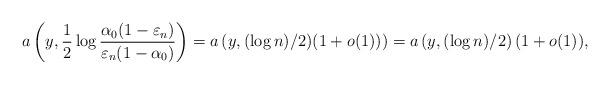
LaTeX: \begin{gather*}a\left(y,\frac12\log\frac{\alpha_0(1-\varepsilon_n)}{\varepsilon_n(1-\alpha_0)}\right)= a\left(y,(\log n)/2)(1+o(1))\right)=a\left(y, (\log n)/2\right)(1+o(1)),\end{gather*}